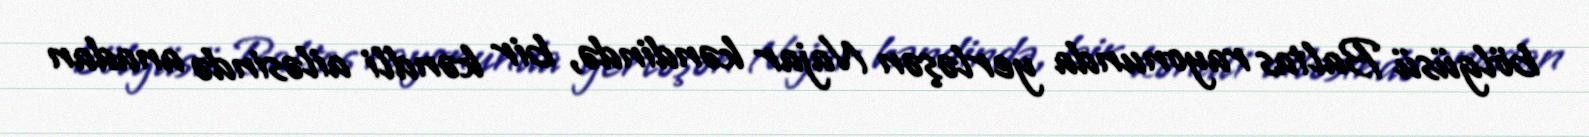
bölgüsü Baltas rayonunda yerləşən Najar kəndində, bir kəndli ailəsində anadan